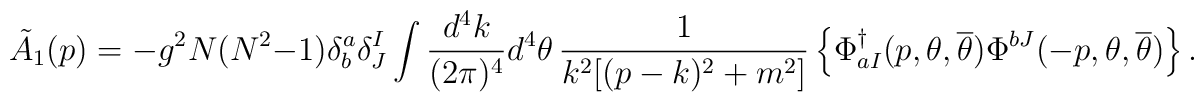
\tilde{A}_{1}(p) = - g^{2}N(N^{2}-1)\delta^{a}_{b} \delta_{J}^{I}     \int \frac{d^{4}k}{(2\pi)^{4}} d^{4}\theta \,     \frac{1}{k^{2}[(p-k)^{2}+m^{2}]} \left\{ 	\Phi^{\dagger}_{aI}(p,\theta,{\overline \theta}) 	\Phi^{bJ}(-p,\theta,{\overline \theta}) \right\} .